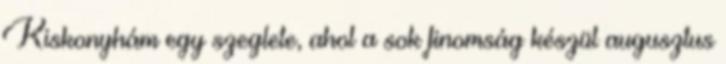
Kiskonyhám egy szeglete, ahol a sok finomság készül augusztus